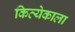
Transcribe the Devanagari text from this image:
कित्येकाला